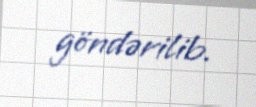
göndərilib.